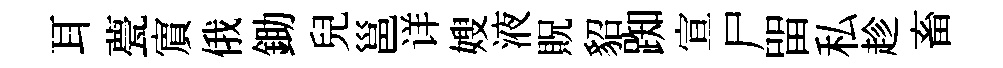
耳甍賔俄鋤兒邕详嫂液貺貂踟宣尸㽞私趁畜